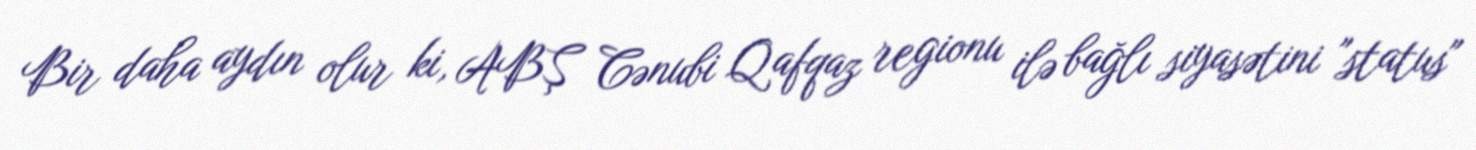
Bir daha aydın olur ki, ABŞ Cənubi Qafqaz regionu ilə bağlı siyasətini "status"